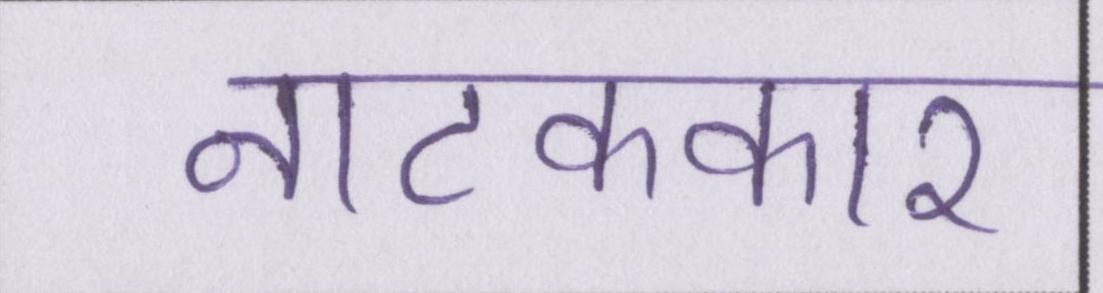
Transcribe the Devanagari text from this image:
नाटककार